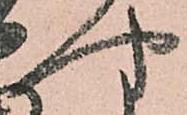
や